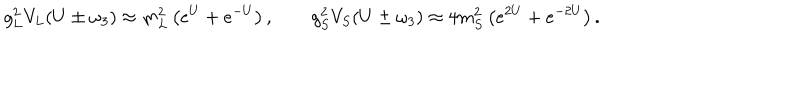
g _ { L } ^ { 2 } V _ { L } ( U \pm \omega _ { 3 } ) \approx m _ { L } ^ { 2 } \left( e ^ { U } + e ^ { - U } \right) , \qquad g _ { S } ^ { 2 } V _ { S } ( U \pm \omega _ { 3 } ) \approx 4 m _ { S } ^ { 2 } \left( e ^ { 2 U } + e ^ { - 2 U } \right) .